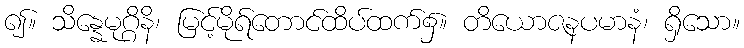
၍။ သိန္နေမုဂ္ဂိနိ၊ မြင့်မိုရ်တောင်ထိပ်ထက်၌။ တိယောဇနပမာနံ၊ ရှိသော။